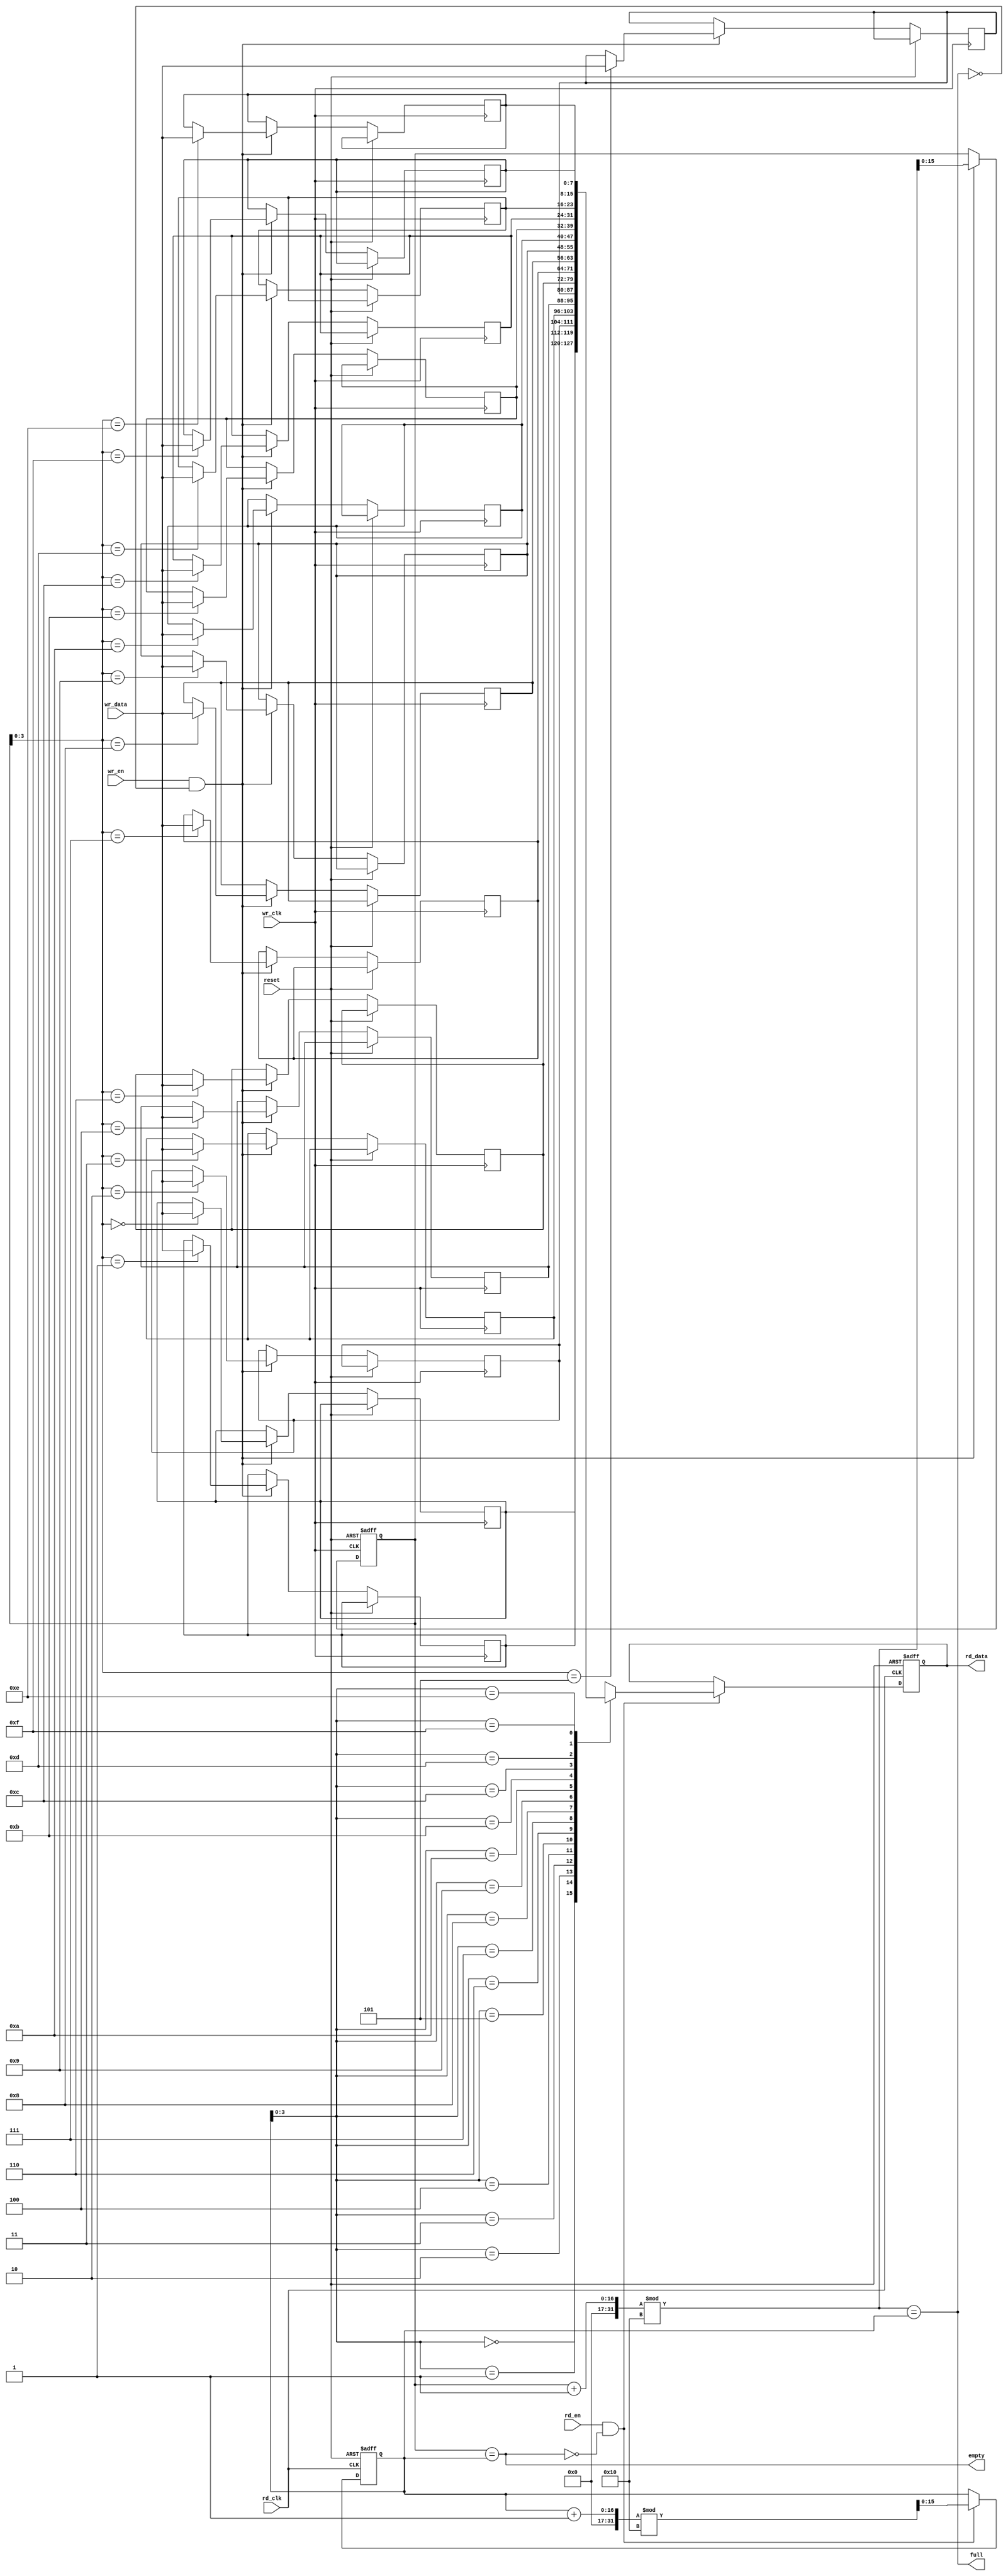
module fifo_sram #(
    parameter DATA_WIDTH = 8,  // Configurable data width (8, 16, 32, etc.)
    parameter DEPTH = 16        // Configurable depth (number of entries)
)(
    input wire wr_clk,          // Write clock
    input wire rd_clk,          // Read clock
    input wire reset,           // Reset signal
    input wire wr_en,           // Write enable
    input wire rd_en,           // Read enable
    input wire [DATA_WIDTH-1:0] wr_data, // Data to write
    output wire [DATA_WIDTH-1:0] rd_data, // Data read
    output wire full,           // Full flag
    output wire empty           // Empty flag
);

    // Memory array (SRAM)
    reg [DATA_WIDTH-1:0] mem [0:DEPTH-1];
    
    // Pointers
    reg [DEPTH-1:0] wr_ptr;    // Write pointer
    reg [DEPTH-1:0] rd_ptr;    // Read pointer

    // Status flags
    assign full = (wr_ptr + 1) % DEPTH == rd_ptr; // FIFO full condition
    assign empty = (wr_ptr == rd_ptr);             // FIFO empty condition

    // Write operation
    always @(posedge wr_clk or posedge reset) begin
        if (reset) begin
            wr_ptr <= 0;
        end else if (wr_en && !full) begin
            mem[wr_ptr] <= wr_data; // Write data to memory
            wr_ptr <= (wr_ptr + 1) % DEPTH; // Increment write pointer
        end
    end

    // Read operation
    reg [DATA_WIDTH-1:0] rd_data_reg;
    always @(posedge rd_clk or posedge reset) begin
        if (reset) begin
            rd_ptr <= 0;
            rd_data_reg <= 0;
        end else if (rd_en && !empty) begin
            rd_data_reg <= mem[rd_ptr]; // Read data from memory
            rd_ptr <= (rd_ptr + 1) % DEPTH; // Increment read pointer
        end
    end

    // Output data
    assign rd_data = rd_data_reg;

endmodule